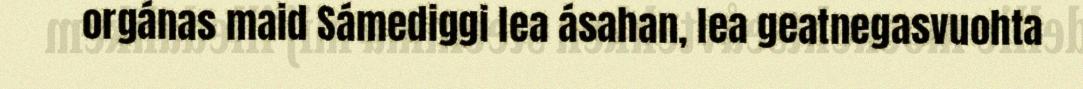
orgánas maid Sámediggi lea ásahan, lea geatnegasvuohta